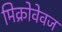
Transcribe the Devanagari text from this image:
मिक्रोवेवज